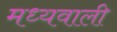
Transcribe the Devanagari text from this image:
मध्यवाली